Indian journal of veterinary science and animal husbandry - Volume 3,
Year: 1933
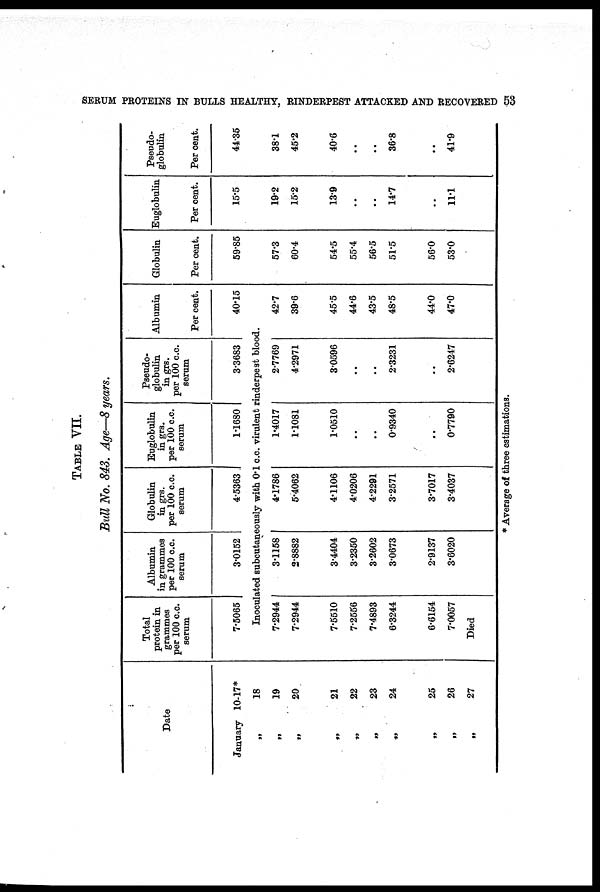
SERUM PROTEINS IN BULLS HEALTHY, RINDERPEST ATTACKED AND RECOVERED 53
TABLE VII.
Bull No. 843. Age—8 years.
Date
January 10-17*
„
18
„
19
„
20
„
21
„
22
„
23
„
24
„
25
„
26
„
27
Total
protein in
grammes
per 100 c.c.
serum
7.5065
Albumin
in grammes
per 100 c.c.
serum
3.0152
Globulin
in grs.
per 100 c.c.
serum
4.5363
Euglobulin
in grs.
per 100 c.c.
serum
1.1680
Pseudo-
globulin
in grs.
per 100 c.c.
serum
3.3683
Albumin
Per cent.
40.15
Inoculated subcutaneously with 0.1 c.c. virulent rinderpest blood.
7.2944
7.2944
7.5510
7.2556
7.4893
6.3244
6.6154
7.0057
Died
3.1158
2.8882
3.4404
3.2350
3.2602
3.0673
2.9137
3.6020
4.1786
5.4062
4.1106
4.0206
4.2291
3.2571
3.7017
3.4037
1.4017
1.1081
1.0510
..
..
0.9340
..
0.7790
2.7769
4.2971
3.0596
..
..
2.3231
..
2.6247
42.7
39.6
45.5
44.6
43.5
48.5
44.0
47.0
Globulin
Per cent.
59.85
57.3
60.4
54.5
55.4
56.5
51.5
56.0
53.0
Euglobulin
Per cent.
15.5
19.2
15.2
13.9
..
..
14.7
..
11.1
Pseudo¬
globulin
Per cent.
44.35
38.1
45.2
40.6
..
..
36.8
..
41.9
* Average of three estimations.